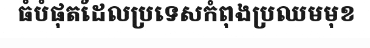
ធំបំផុតដែលប្រទេសកំពុងប្រឈមមុខ